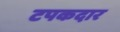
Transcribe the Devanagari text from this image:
टपकदार